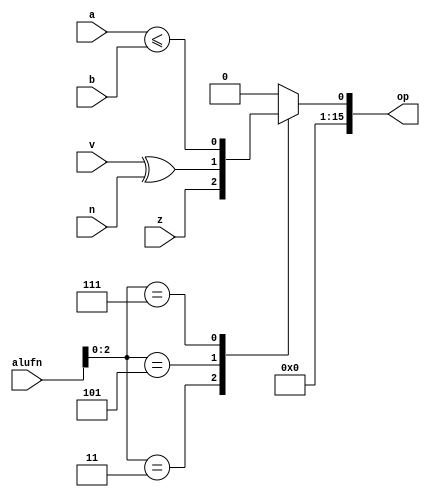
module compare16_14 (
    input [5:0] alufn,
    input [15:0] a,
    input [15:0] b,
    input z,
    input v,
    input n,
    output reg [15:0] op
  );
  
  
  
  always @* begin
    op[1+14-:15] = 1'h0;
    
    case (alufn[0+2-:3])
      3'h3: begin
        op[0+0-:1] = z;
      end
      3'h5: begin
        op[0+0-:1] = v ^ n;
      end
      3'h7: begin
        op[0+0-:1] = a <= b;
      end
      default: begin
        op[0+0-:1] = 1'h0;
      end
    endcase
  end
endmodule